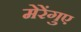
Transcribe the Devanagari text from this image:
मेरेंगुए